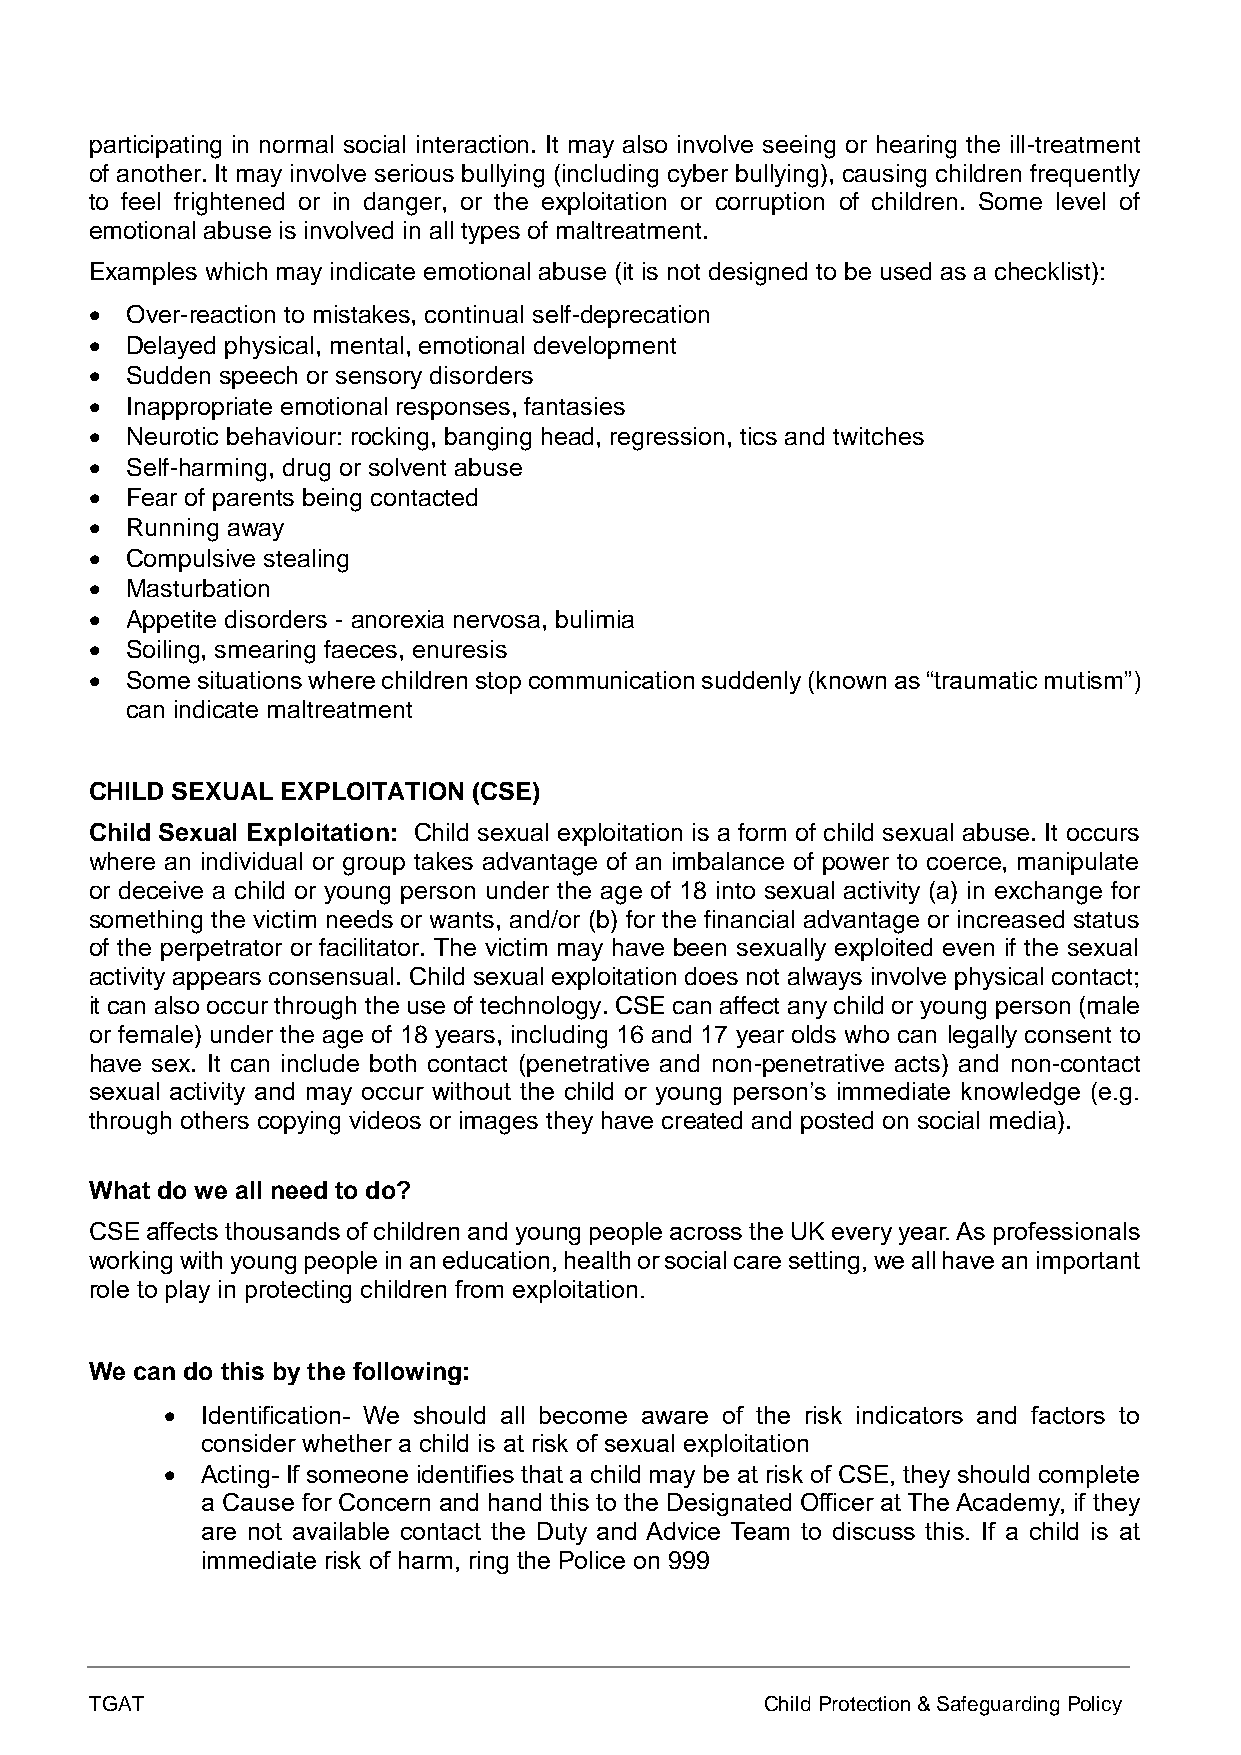
participating in normal social interaction. It may also involve seeing or hearing the ill-treatment
 of another. It may involve serious bullying (including cyber bullying), causing children frequently
 to feel frightened or in danger, or the exploitation or corruption of children. Some level of
 emotional abuse is involved in all types of maltreatment.
 Examples which may indicate emotional abuse (it is not designed to be used as a checklist):
 • Over-reaction to mistakes, continual self-deprecation
 • Delayed physical, mental, emotional development
 • Sudden speech or sensory disorders
 • Inappropriate emotional responses, fantasies
 • Neurotic behaviour: rocking, banging head, regression, tics and twitches
 • Self-harming, drug or solvent abuse
 • Fear of parents being contacted
 • Running away
 • Compulsive stealing
 • Masturbation
 • Appetite disorders - anorexia nervosa, bulimia
 • Soiling, smearing faeces, enuresis
 • Some situations where children stop communication suddenly (known as “traumatic mutism”)
 can indicate maltreatment
 CHILD SEXUAL EXPLOITATION (CSE)
 Child Sexual Exploitation: Child sexual exploitation is a form of child sexual abuse. It occurs
 where an individual or group takes advantage of an imbalance of power to coerce, manipulate
 or deceive a child or young person under the age of 18 into sexual activity (a) in exchange for
 something the victim needs or wants, and/or (b) for the financial advantage or increased status
 of the perpetrator or facilitator. The victim may have been sexually exploited even if the sexual
 activity appears consensual. Child sexual exploitation does not always involve physical contact;
 it can also occur through the use of technology. CSE can affect any child or young person (male
 or female) under the age of 18 years, including 16 and 17 year olds who can legally consent to
 have sex. It can include both contact (penetrative and non-penetrative acts) and non-contact
 sexual activity and may occur without the child or young person’s immediate knowledge (e.g.
 through others copying videos or images they have created and posted on social media).
 What do we all need to do?
 CSE affects thousands of children and young people across the UK every year. As professionals
 working with young people in an education, health or social care setting, we all have an important
 role to play in protecting children from exploitation.
 We can do this by the following:
 • Identification- We should all become aware of the risk indicators and factors to
 consider whether a child is at risk of sexual exploitation
 • Acting- If someone identifies that a child may be at risk of CSE, they should complete
 a Cause for Concern and hand this to the Designated Officer at The Academy, if they
 are not available contact the Duty and Advice Team to discuss this. If a child is at
 immediate risk of harm, ring the Police on 999
 TGAT                                         Child Protection & Safeguarding Policy